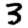
Digit: 3